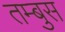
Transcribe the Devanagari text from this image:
तम्बुस